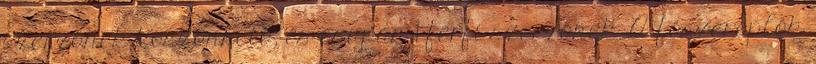
szerzőnek köszönhető, és csupán 1 férfi szerzőnek. A főszereplők